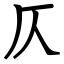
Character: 仄